Rangoon Lunatic Asylum 1878-1892 - 1878-1892
Year: 1878
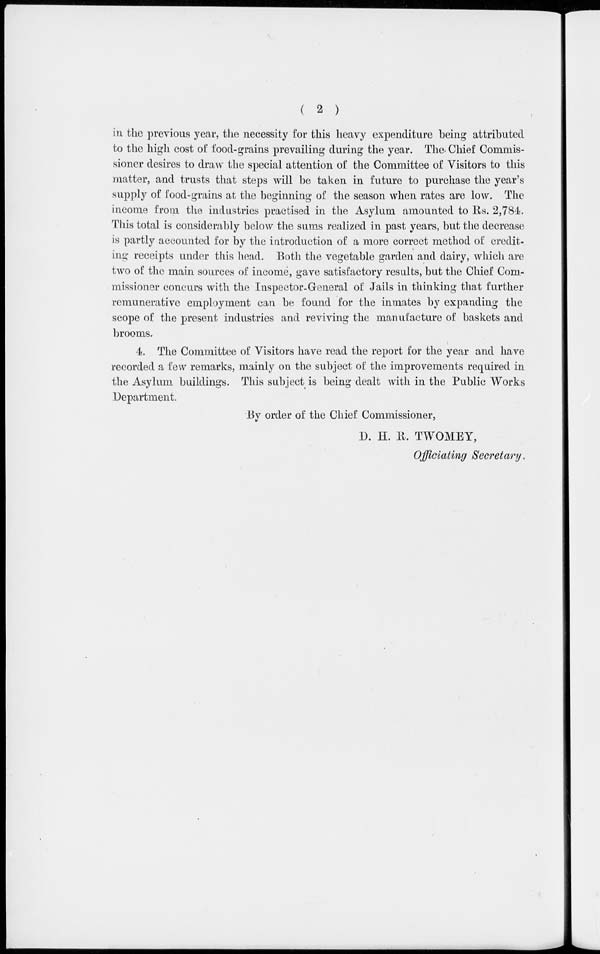
( 2 )
in the previous year, the necessity for this heavy expenditure being attributed
to the high cost of food-grains prevailing during the year. The Chief Commis-
sioner desires to draw the special attention of the Committee of Visitors to this
matter, and trusts that steps will be taken in future to purchase the year's
supply of food-grains at the beginning of the season when rates are low. The
income from the industries practised in the Asylum amounted to Rs. 2,784.
This total is considerably below the sums realized in past years, but the decrease
is partly accounted for by the introduction of a more correct method of credit-
ing receipts under this head. Both the vegetable garden and dairy, which are
two of the main sources of income, gave satisfactory results, but the Chief Com-
missioner concurs with the Inspector-General of Jails in thinking that further
remunerative employment can be found for the inmates by expanding the
scope of the present industries and reviving the manufacture of baskets and
brooms.
4. The Committee of Visitors have read the report for the year and have
recorded a few remarks, mainly on the subject of the improvements required in
the Asylum buildings. This subject is being dealt with in the Public Works
Department.
By order of the Chief Commissioner,
D. H. R. TWOMEY,
Officiating Secretary.